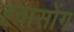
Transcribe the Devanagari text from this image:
ह्वासोंग